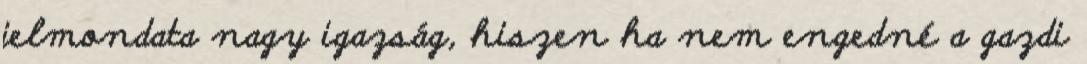
jelmondata nagy igazság, hiszen ha nem engedné a gazdi